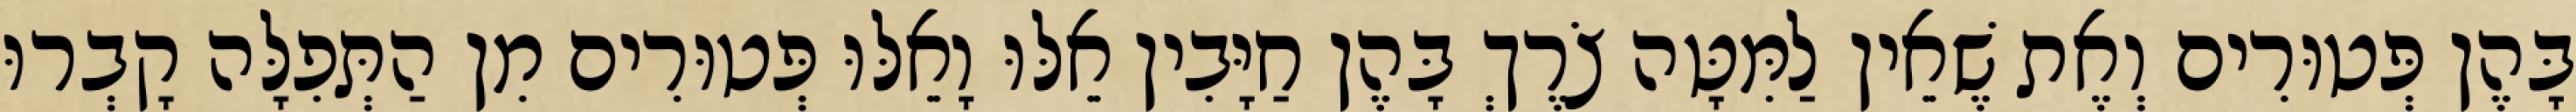
בָּהֶן פְּטוּרִים וְאֶת שֶׁאֵין לַמִּטָּה צֹרֶךְ בָּהֶן חַיָּבִין אֵלּוּ וָאֵלּוּ פְּטוּרִים מִן הַתְּפִלָּה קָבְרוּ